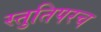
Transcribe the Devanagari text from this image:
स्तुतिपरच